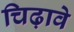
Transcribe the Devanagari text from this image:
चिढ़ावे